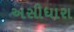
અસીધારા